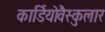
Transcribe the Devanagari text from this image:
कार्डियोवैस्कुलार